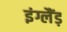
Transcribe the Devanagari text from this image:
इंग्लैंड़